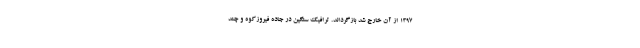
۱۳۹۷ از آن خارج شد بازگرداند. ترافیک سنگین در جاده فیروزکوه و چند